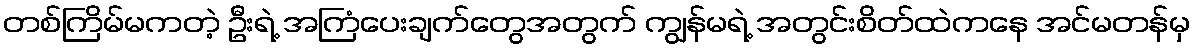
တစ်ကြိမ်မကတဲ့ ဦးရဲ့ အကြံပေးချက်တွေအတွက် ကျွန်မရဲ့ အတွင်းစိတ်ထဲကနေ အင်မတန်မှ